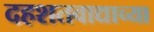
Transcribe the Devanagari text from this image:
दहशतवाद्याच्या